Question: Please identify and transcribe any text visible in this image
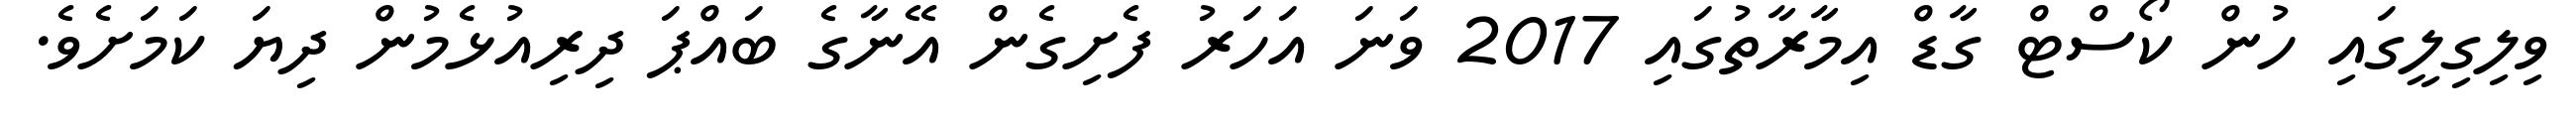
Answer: ވިލިގިލީގައި ހުން ކޯސްޓް ގާޑް އިމާރާތުގައި 2017 ވަނަ އަހަރު ފެށިގެން އޭނާގެ ބައްޕަ ދިރިއުޅެމުން ދިޔަ ކަމަށެވެ.